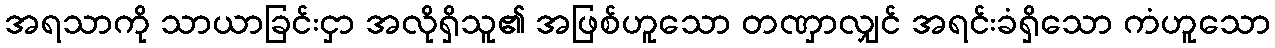
အရသာကို သာယာခြင်းငှာ အလိုရှိသူ၏ အဖြစ်ဟူသော တဏှာလျှင် အရင်းခံရှိသော ကံဟူသော